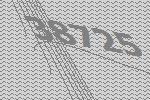
38725